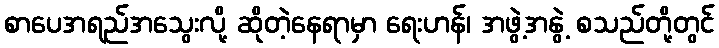
စာပေအရည်အသွေးလို့ ဆိုတဲ့နေရာမှာ ရေးဟန်၊ အဖွဲ့အနွဲ့ စသည်တို့တွင်